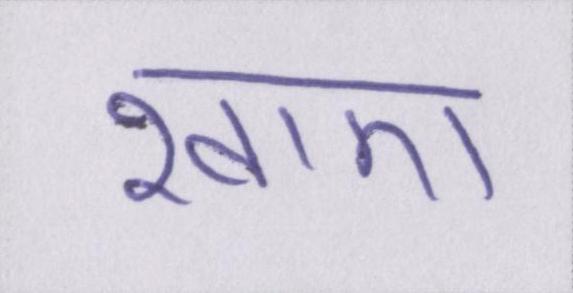
खाए